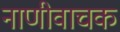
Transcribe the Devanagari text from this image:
नाणीवाचक